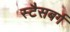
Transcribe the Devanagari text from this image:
स्टैसबर्ग